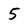
Character: 5